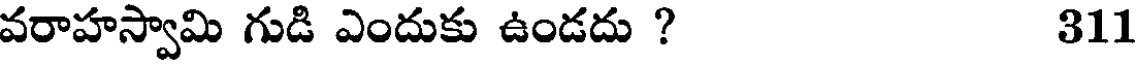
వరాహస్వామి గుడి ఎందుకు ఉండదు ? 311